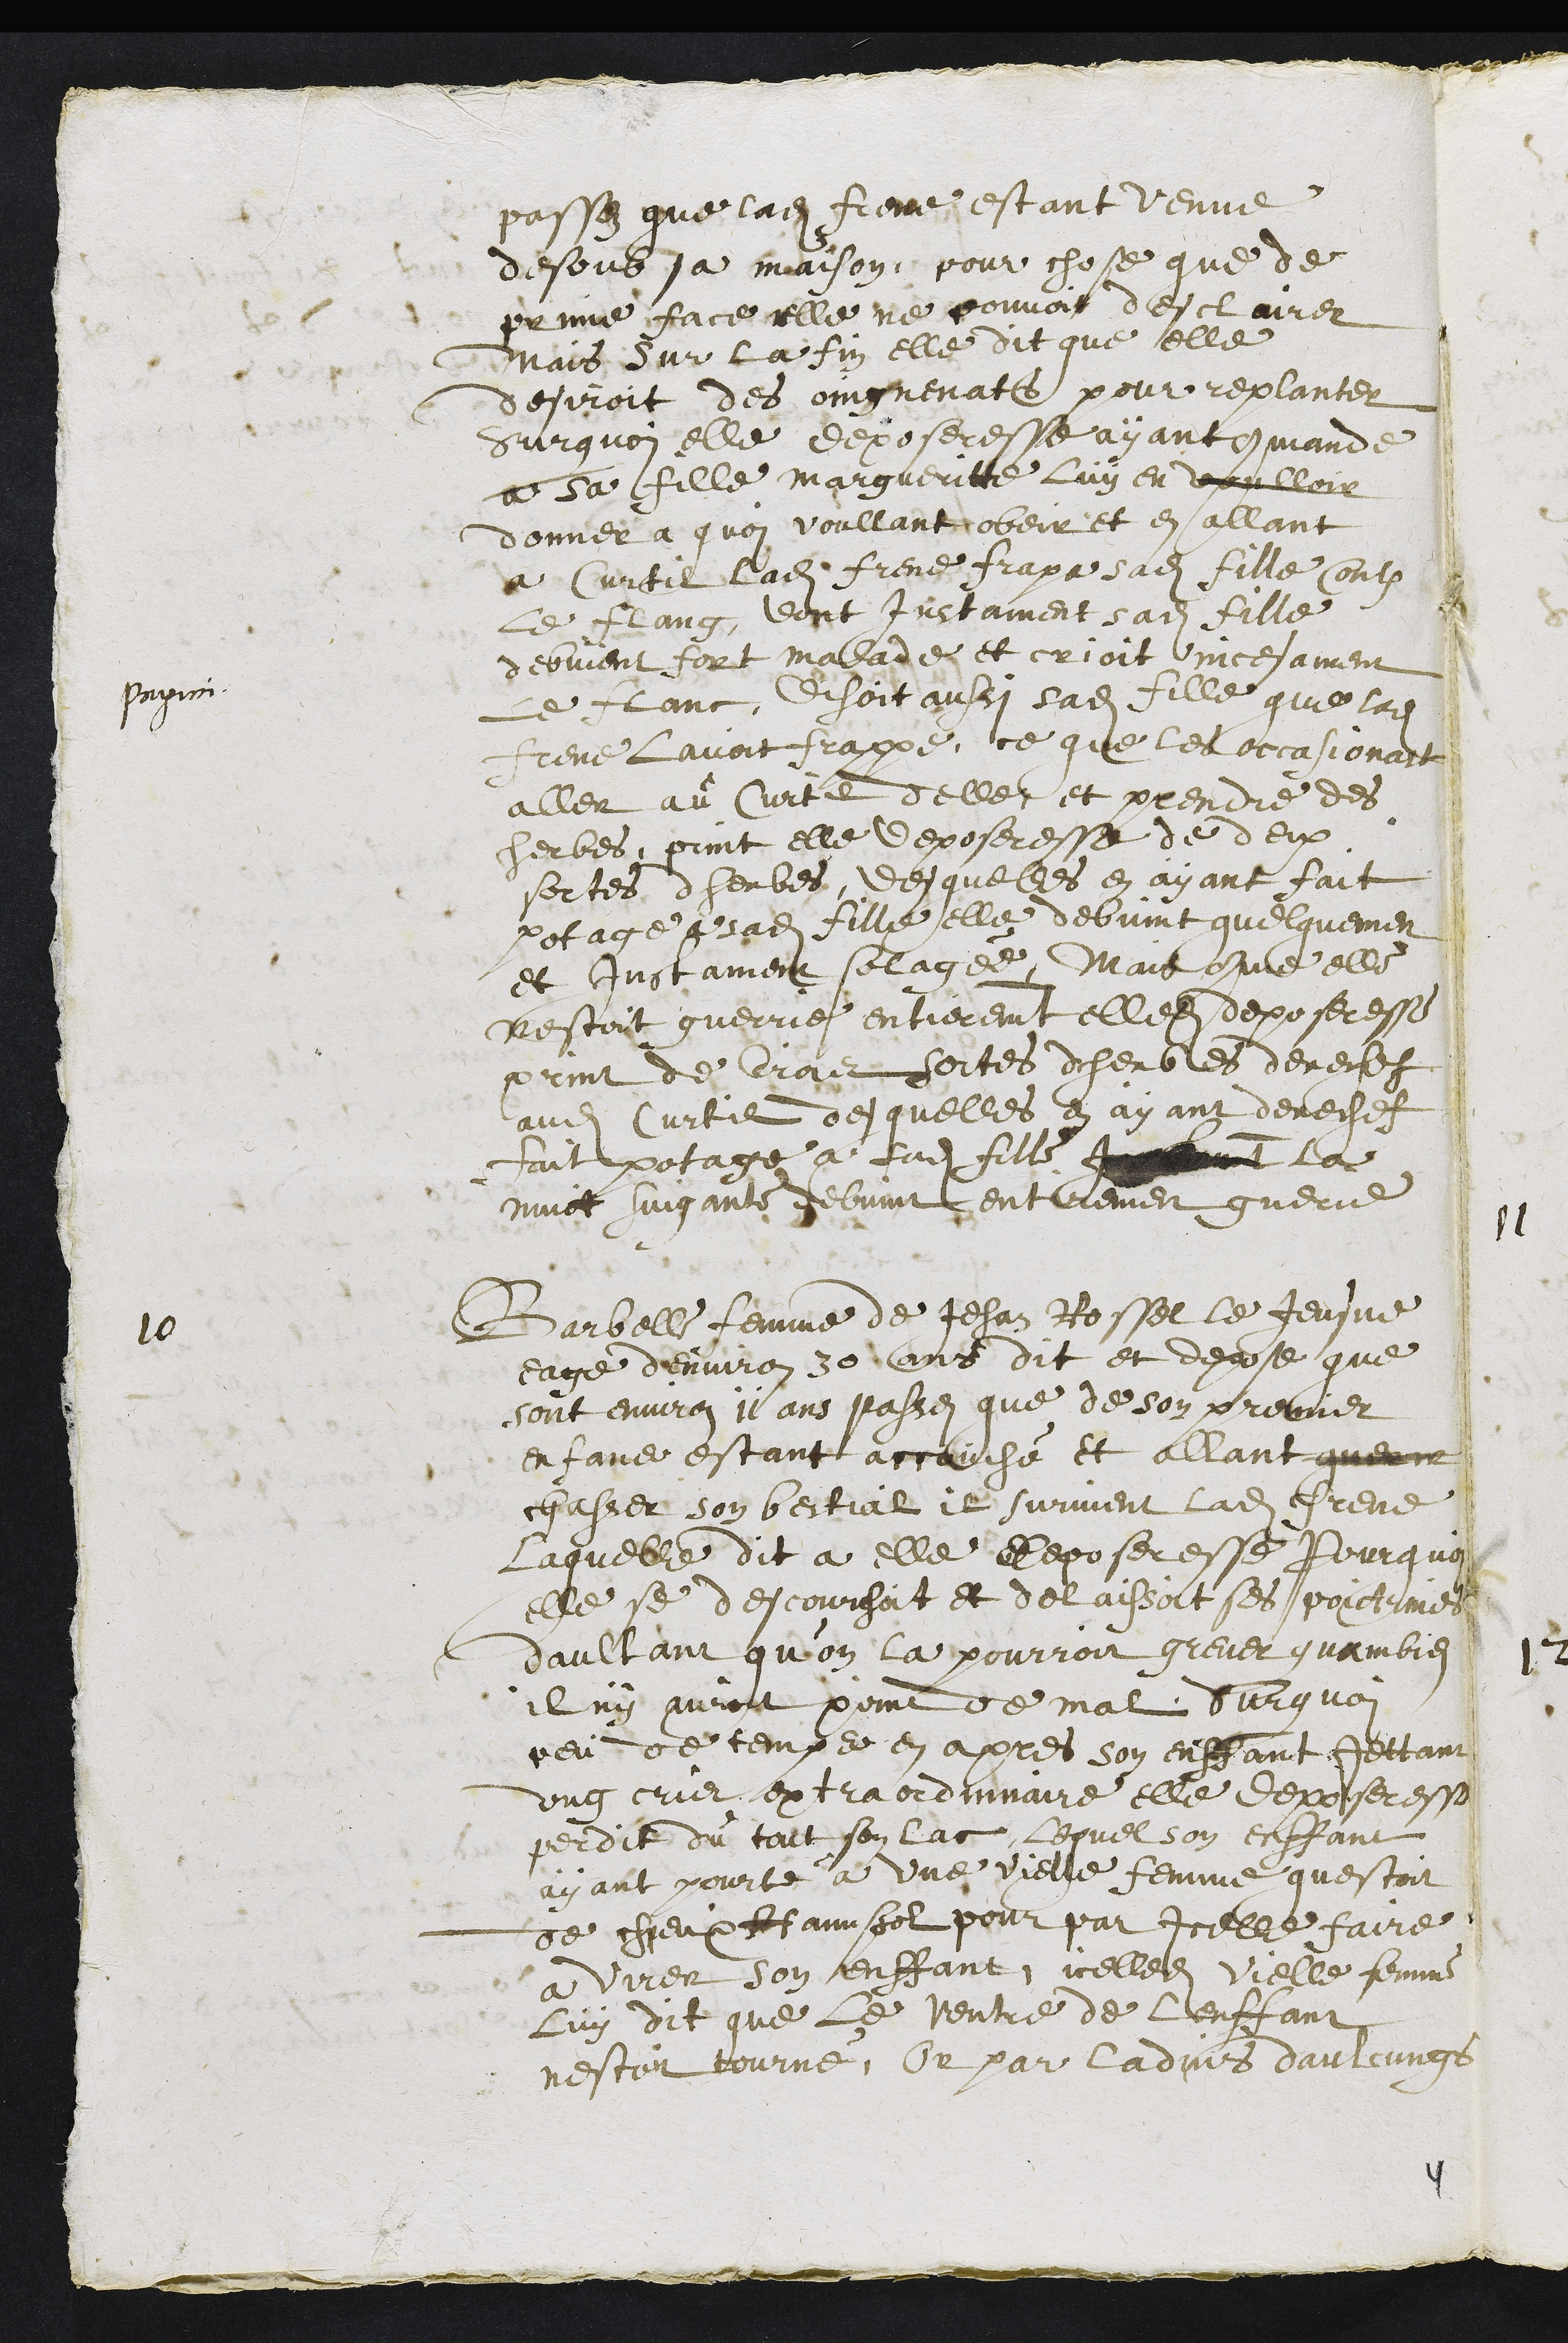
passez que ladite Frene estant venue
desoub sa maison, pour chose que de
prime face elle ne pouvoit desclairer
Mais sur la fin elle dit que elle
desiroit des oingnenats pour replanter
Surquoi elle deposeresse ayant commande
a sa fille Margueritte luy en voulloir
donner a quoy voullant obeir et en allant
a Curtil ladite Frene frapa sadite fille contre
le flang, dont Instament sadite fille
debvient fort malade, et crioit incesament
papici
Le flanc, Disoit aussi sadite fille que ladite
Frene lavoit frappe, ce que les occasionast
aller au Curtil delle et prendre des
herbes, print elle deposeresse de deux
sortes d'herbes, desquelles en ayant fait
potage a sadite fille elle debvint quelquement
et Instament solagee, Mais comme elle
nestoit guerrie entierement elledite deposeresse
print de trois sortes dherbes derechef
audit Curtil desquelles en ayant derechef
fait potage a sadite fille Iant la
nuict suigants debvint entirement guerue
10
Barbelle femme de Jehan Rossel le Jeusne
eage denviron 30 ans dit et depose que
sont environ 11 ans passez que de son premier
enfans estant accouché et allant querir
chasser son bestial il survient ladite Frene
Laquelle dit a elle deposeresse pourquoi
elle se descourchoit et delaissoit ses poictrines
daultant qu’on la pourroit grever quambien
il ny auroit point de mal, Surquoi
peu de temps en apres son enffant jettant
ung cris extraordinaire elle deposeresse
perdit du tout son lac lequel son enffant
ayant pourte a une vielle femme questoit
de chieux Hannßol pour par Icelle faire
a virer son enffant, icelledite vielle femme
luy dit que le ventre de lenffant
nestoit tourné, Or par ladvis daulcungs
4